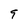
Character: 9